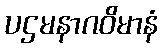
ပဌမနာဂဝိမာနံ